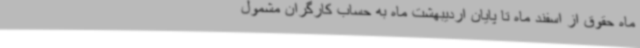
ماه حقوق از اسفند ماه تا پایان اردیبهشت ماه به حساب کارگران مشمول